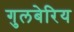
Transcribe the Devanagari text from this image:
गुलबेरिय